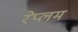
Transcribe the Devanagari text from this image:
रेप्लम